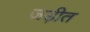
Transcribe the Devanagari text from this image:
जड़ीत